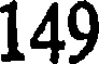
149